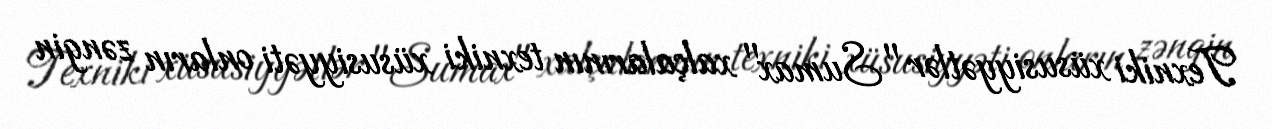
Texniki xüsusiyyətlər "Sumax" xalçalarının texniki xüsusiyyəti onların zəngin